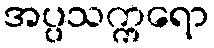
အပ္ပသက္ကရော